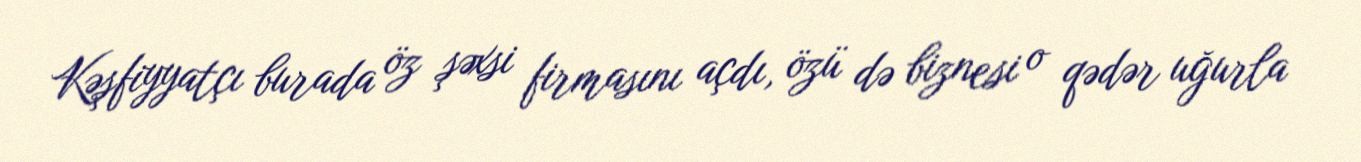
Kəşfiyyatçı burada öz şəxsi firmasını açdı, özü də biznesi o qədər uğurla